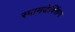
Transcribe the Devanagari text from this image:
स्पामडेक्सिंग